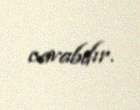
cavabdır.